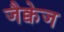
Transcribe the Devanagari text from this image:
जैक्वेज